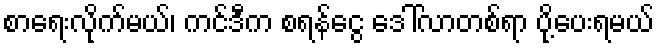
စာရေးလိုက်မယ်၊ ကင်ဒီက စရန်ငွေ ဒေါ်လာတစ်ရာ ပို့ပေးရမယ်